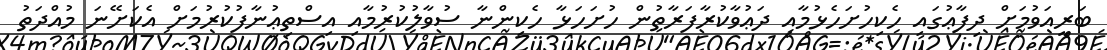
ބަރީއަވުމަށް ދިފާޢުގައި ހެކިހުށަހެޅުމާއި ދަޢުވާކުރާފަރާތުން ހުށަހަޅާ ހެކިންނާ ސުވާލުކުރުމާއި އިސްތިޢުނާފުކުރުމަށް އެކަށޭނަ މުއްދަތު